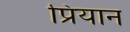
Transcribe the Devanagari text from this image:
प्रियान